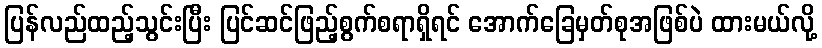
ပြန်လည်ထည့်သွင်းပြီး ပြင်ဆင်ဖြည့်စွက်စရာရှိရင် အောက်ခြေမှတ်စုအဖြစ်ပဲ ထားမယ်လို့